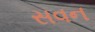
સવન